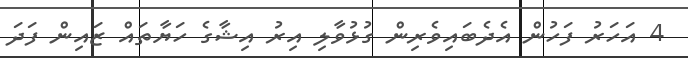
4 އަހަރު ފަހުން އެދެބައިވެރިން ގުޅުވާލި އިރު އިޝާގެ ހަޔާތައް ޒައިން ފަދަ